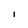
Character: I